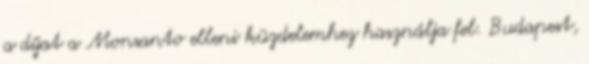
a díjat a Monsanto elleni küzdelemhez használja fel. Budapest,